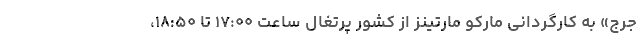
جرج» به کارگردانی مارکو مارتینز از کشور پرتغال ساعت ۱۷:۰۰ تا ۱۸:۵۰،